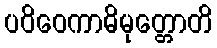
ပဝိဝေကာဓိမုတ္တောတိ